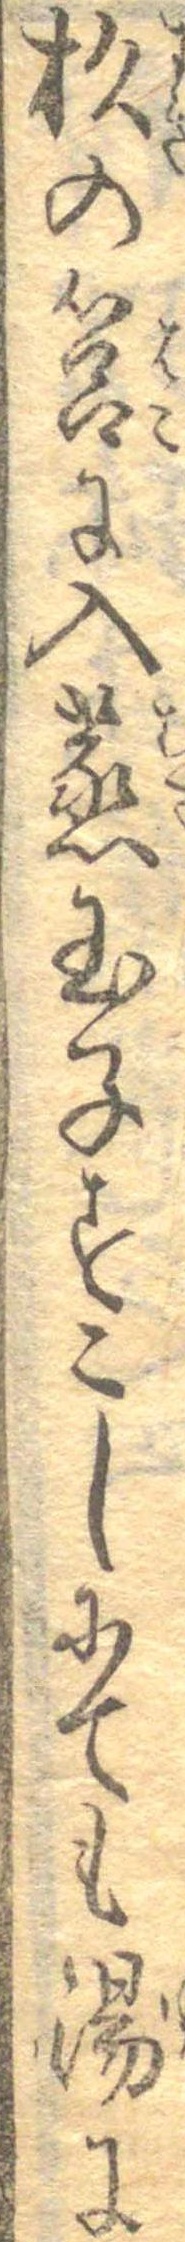
杉の筥に入蒸玉子すこしにても湯に